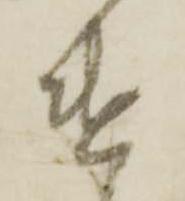
遣